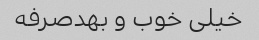
خیلی خوب و بهدصرفه